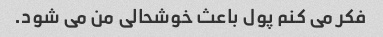
فکر می کنم پول باعث خوشحالی من می شود.